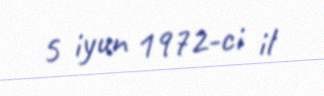
5 iyun 1972-ci il